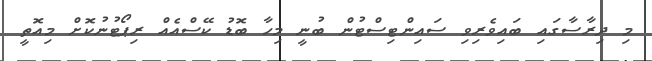
މި ދިރާސާގައި ބައިވެރިވި ސައިންޓިސްޓުން ބުނީ މިހާ ބޮޑު ކޭސްއެއް ރިޕޯޓުނުކޮށް މިއޮތީ